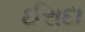
ઈરાદા